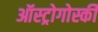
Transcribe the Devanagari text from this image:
ऑस्ट्रोगोर्स्की